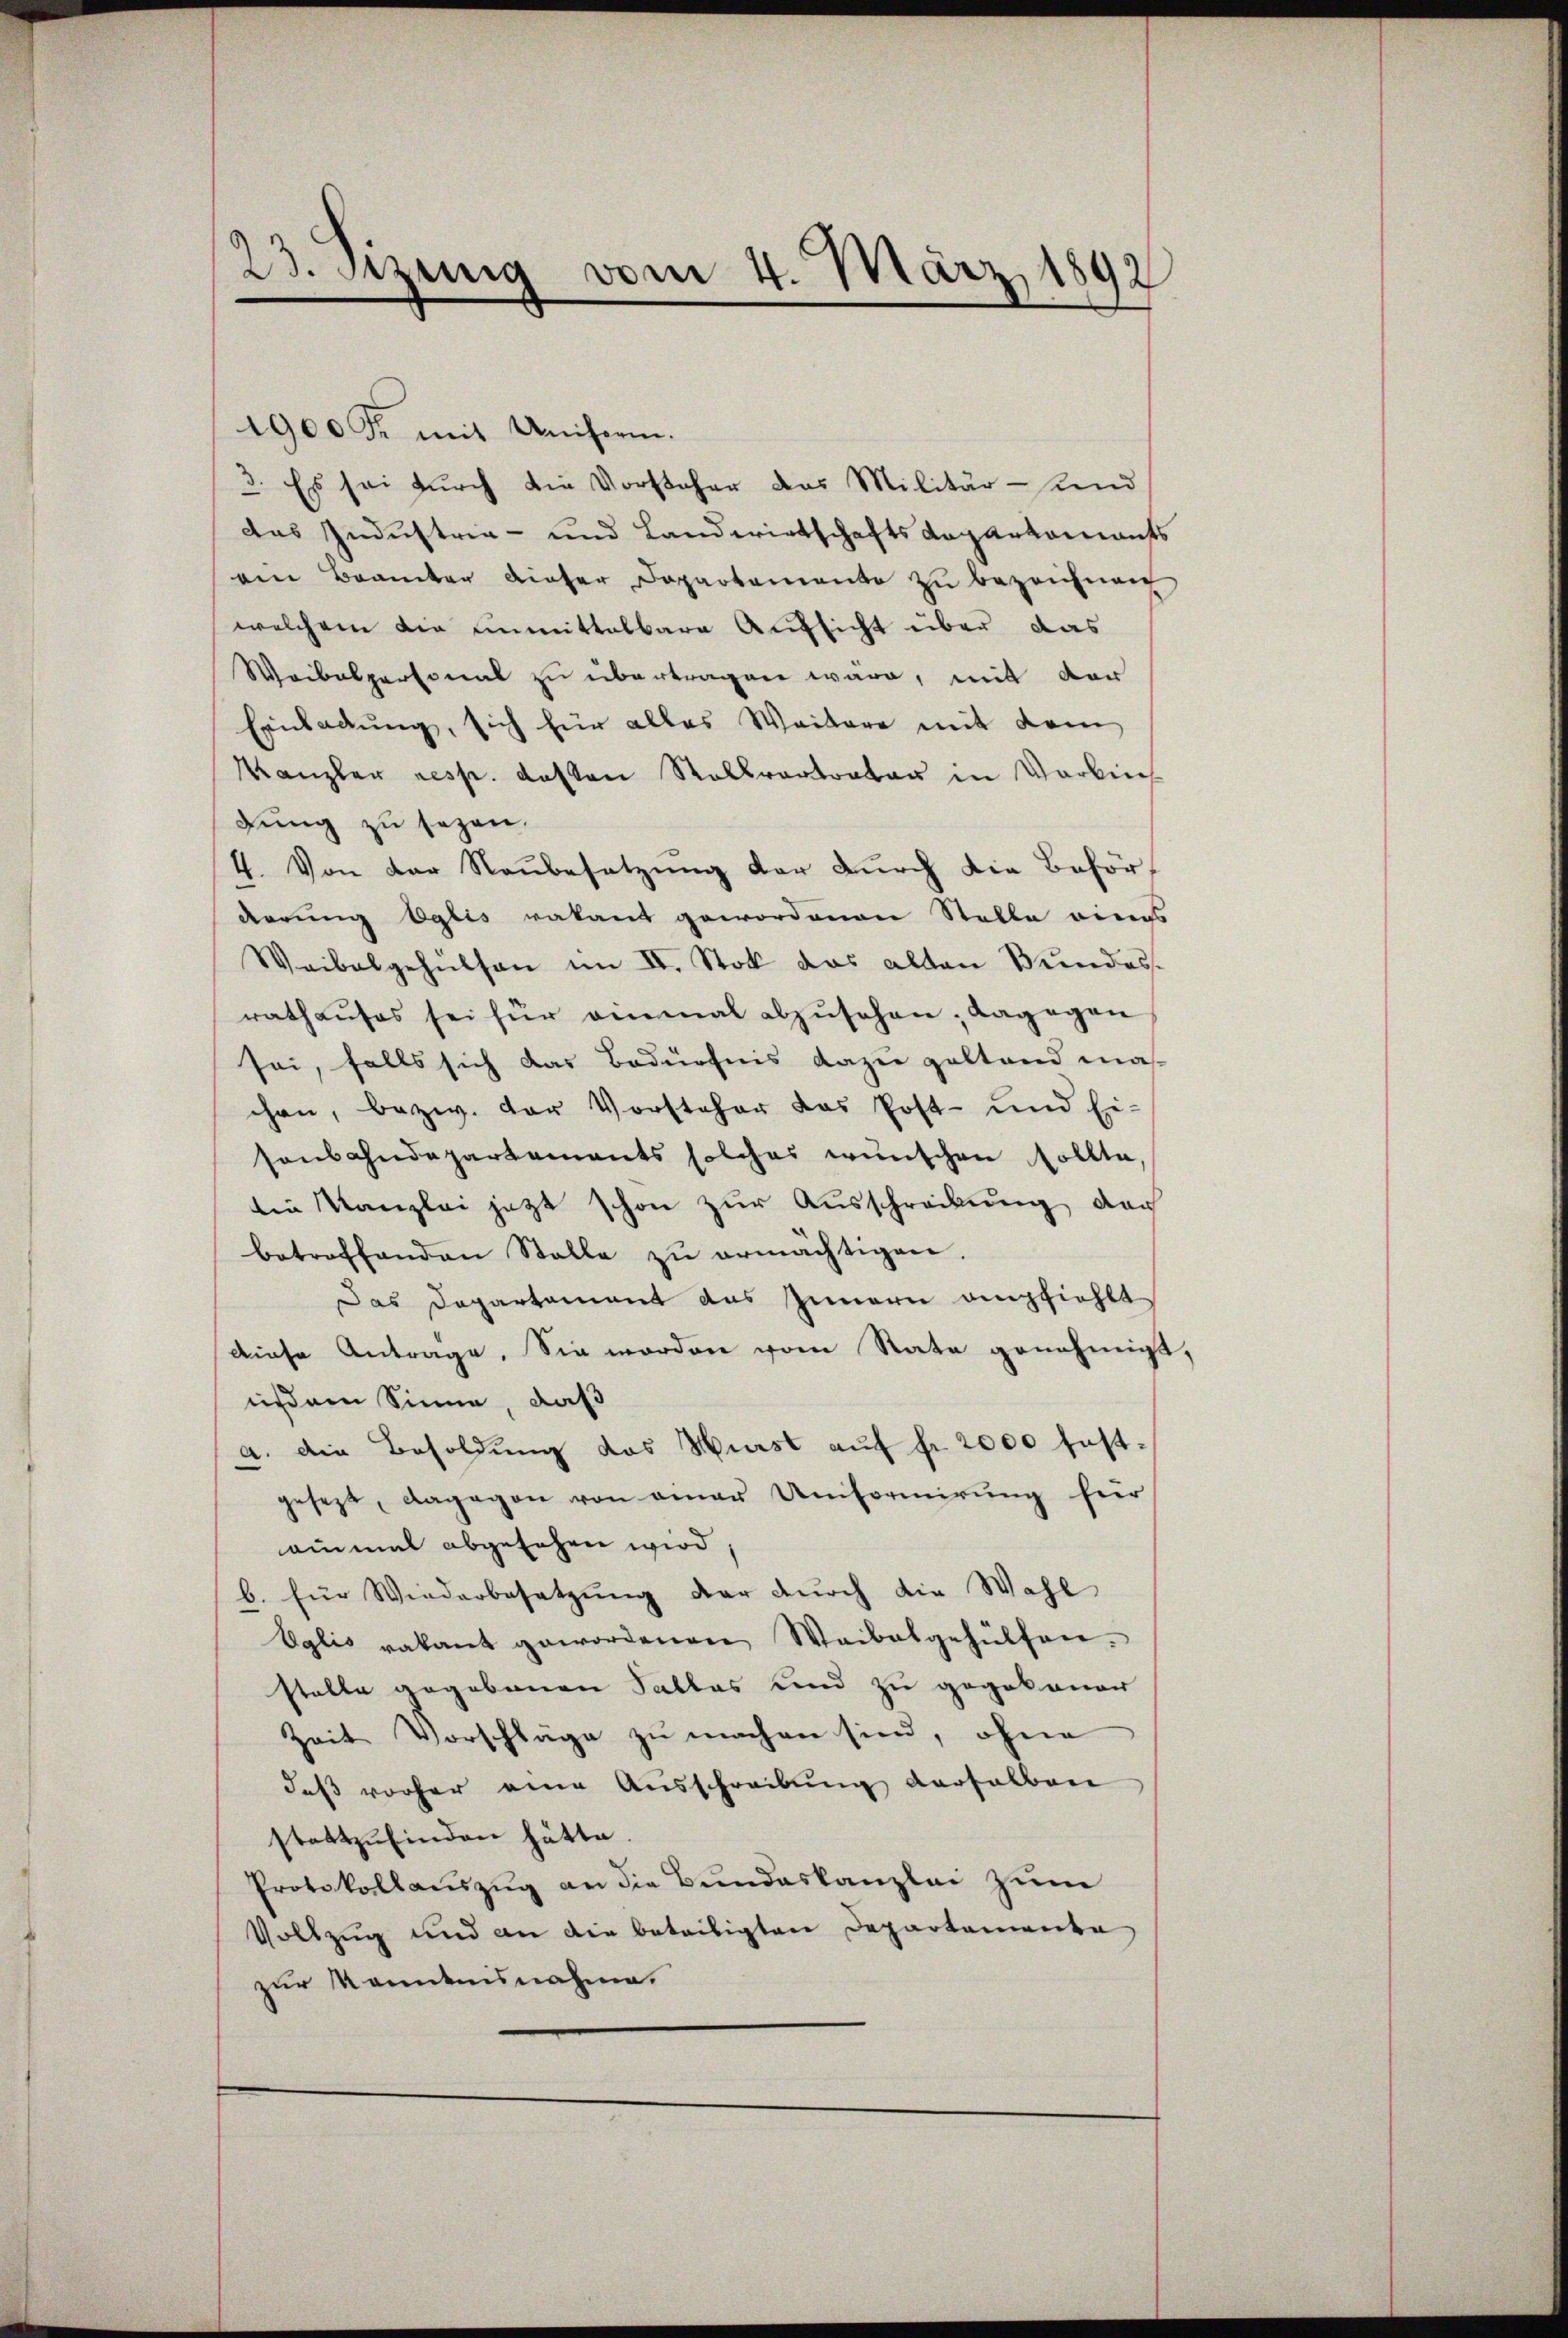
23. Setzung vom 4. März 1892

1900 Fr. mit Uniserin.
3. Es sei durch die Vorsteher das Militär- und
das Industria- und Landwirtschafts Capartamants
ven Brämter dieser Departemento zu bezeichnen
welchem die unmittelbare Aufsicht über das
Waibelpersonal zu übertragen wäre, mit der
Einladung, sich für alles Weitere mit dem
Kanzler resp. desten Ralkrantrator in Verbin
dung zu sezen.
4. Von der Neŭbesetzung der durch die Behörderung Eglis vakant gewordenen Stelle eines
Waibelgehülsen im II. Stok das alten Bundes
rathaŭses sei für einmal abzŭsehen; dagegen
sei, falls sich das Bedürfnis dazu geltend maß
chen, bezw. der Vorsteher das Post- und Ei-
sonbahndepartements solches wünschen sollte,
die Kanzlei jetzt schon zur Ausschreckung dar
betreffenden Stelle zŭ ermächtigen.
Das Departement aus Innern empfiehlt
diese Antrage. Sie worden vom Rate genehmigt,
iisem Sinne, daß
a. Die Besoldung das Wurst auf fr. 2000 festgesezt, dagegen von einer Uniformirŭng für
einmal abgesehen wird
b. für Wiederbesetzŭng der dŭrch die Wahl
Eglis vakant gewordenen Weibelgehülfen.
stalte gegebenen Sallas und zu gegebauer
Zeit Vorschläge zu machen sind, ohne
daß vorher eine Ausschreibung derfalban
stattzufinden hätte
Protokollauszug an die Bundeskanzlei zum
Vollzug und an die beteiligten Departementa
zur Kenntnisnahme.